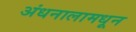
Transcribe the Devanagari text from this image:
अंधनालामधून